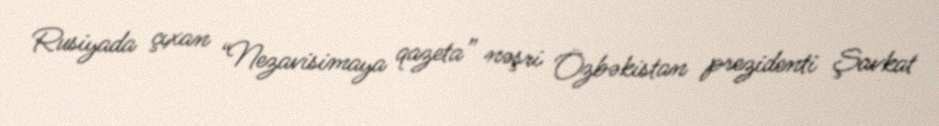
Rusiyada çıxan “Nezavisimaya qazeta” nəşri Özbəkistan prezidenti Şavkat